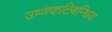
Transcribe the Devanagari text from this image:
उष्णकटिबन्धिय